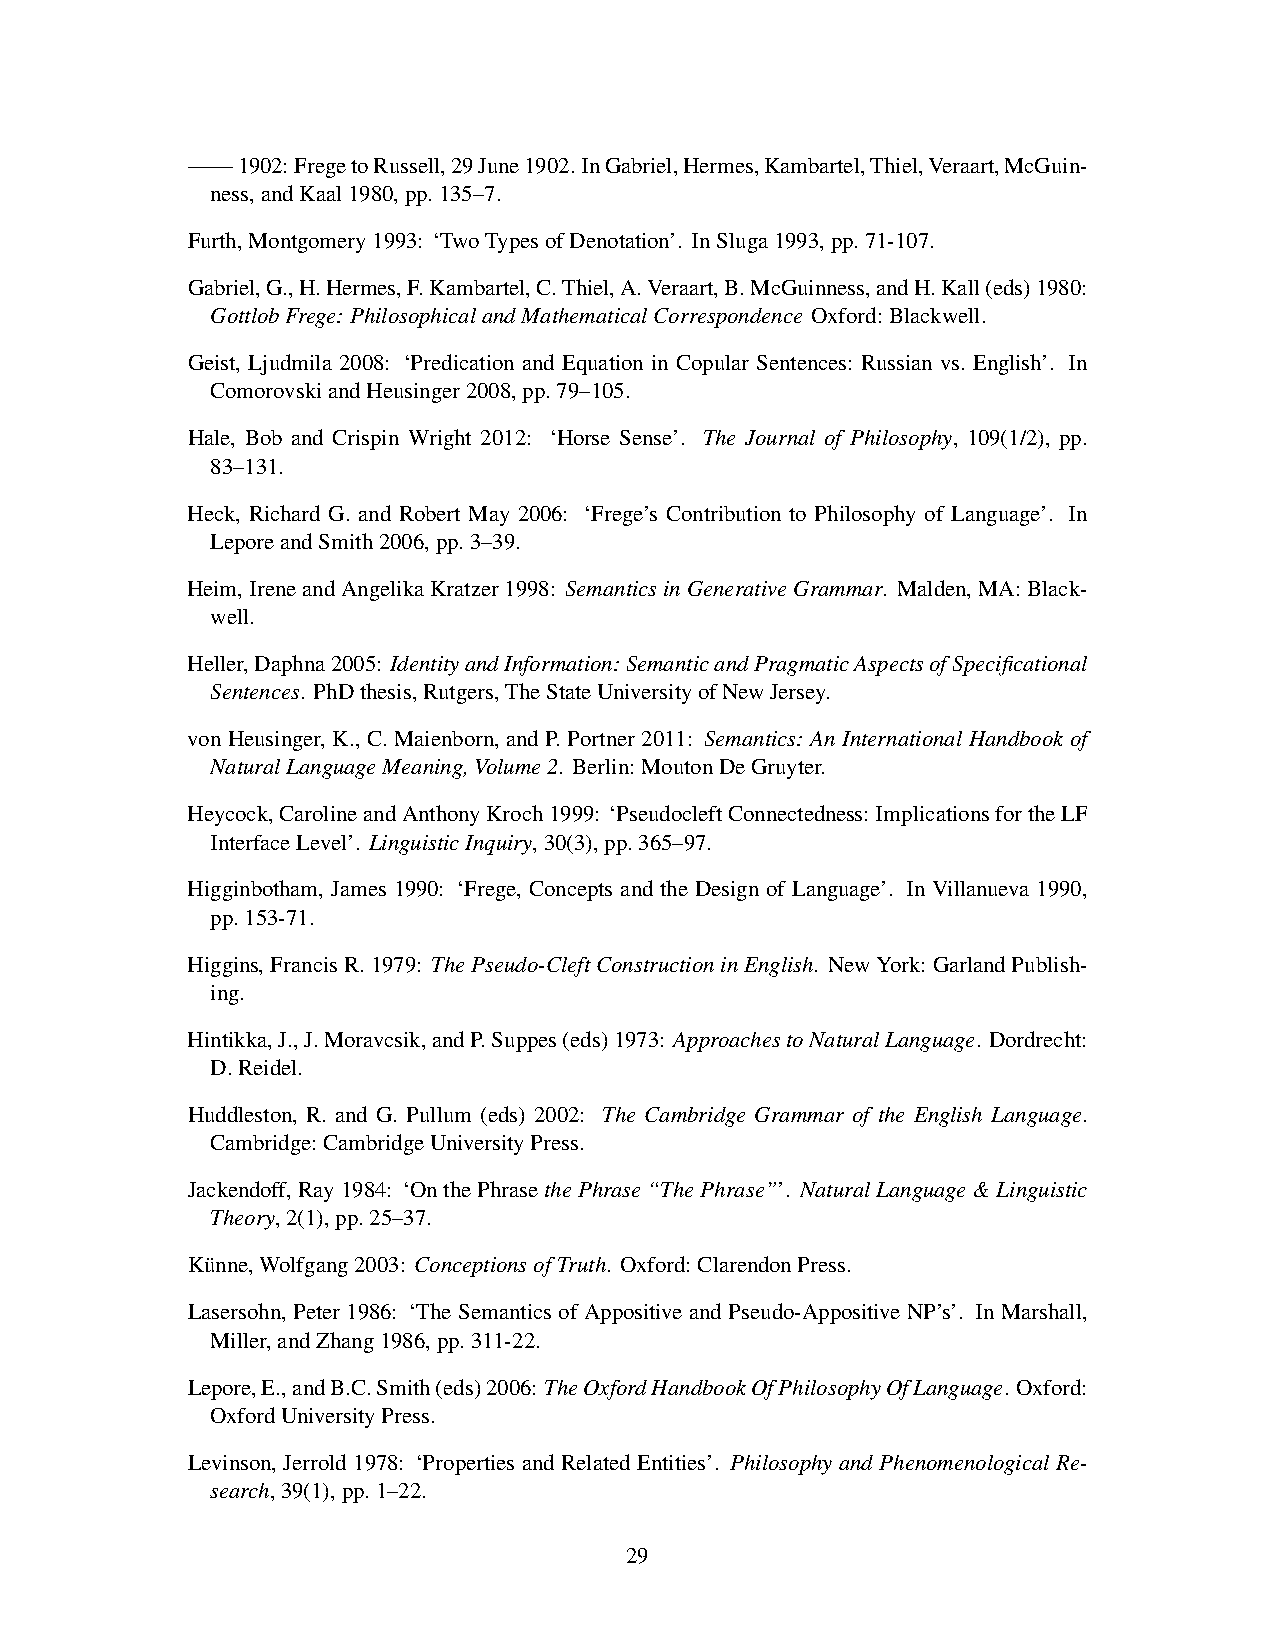
——1902:FregetoRussell,29June1902.InGabriel,Hermes,Kambartel,Thiel,Veraart,McGuin-
 ness,andKaal1980,pp.135–7.
 Furth,Montgomery1993: ‘TwoTypesofDenotation’. InSluga1993,pp.71-107.
 Gabriel,G.,H.Hermes,F.Kambartel,C.Thiel,A.Veraart,B.McGuinness,andH.Kall(eds)1980:
 GottlobFrege:PhilosophicalandMathematicalCorrespondence Oxford:Blackwell.
 Geist, Ljudmila 2008: ‘Predication and Equation in Copular Sentences: Russian vs. English’. In
 ComorovskiandHeusinger2008,pp.79–105.
 Hale, Bob and Crispin Wright 2012: ‘Horse Sense’. The Journal of Philosophy, 109(1/2), pp.
 83–131.
 Heck, Richard G. and Robert May 2006: ‘Frege’s Contribution to Philosophy of Language’. In
 LeporeandSmith2006,pp.3–39.
 Heim,IreneandAngelikaKratzer1998: SemanticsinGenerativeGrammar. Malden,MA:Black-
 well.
 Heller,Daphna2005: IdentityandInformation:SemanticandPragmaticAspectsofSpecificational
 Sentences. PhDthesis,Rutgers,TheStateUniversityofNewJersey.
 von Heusinger, K., C. Maienborn, and P. Portner 2011: Semantics: An International Handbook of
 NaturalLanguageMeaning,Volume2. Berlin:MoutonDeGruyter.
 Heycock,CarolineandAnthonyKroch1999: ‘PseudocleftConnectedness:ImplicationsfortheLF
 InterfaceLevel’. LinguisticInquiry,30(3),pp.365–97.
 Higginbotham, James 1990: ‘Frege, Concepts and the Design of Language’. In Villanueva 1990,
 pp.153-71.
 Higgins,FrancisR.1979: ThePseudo-CleftConstructioninEnglish. NewYork:GarlandPublish-
 ing.
 Hintikka,J.,J.Moravcsik,andP.Suppes(eds)1973: ApproachestoNaturalLanguage. Dordrecht:
 D.Reidel.
 Huddleston, R. and G. Pullum (eds) 2002: The Cambridge Grammar of the English Language.
 Cambridge:CambridgeUniversityPress.
 Jackendoff,Ray1984: ‘OnthePhrasethePhrase“ThePhrase”’. NaturalLanguage&Linguistic
 Theory,2(1),pp.25–37.
 Ku¨nne,Wolfgang2003: ConceptionsofTruth. Oxford:ClarendonPress.
 Lasersohn, Peter 1986: ‘The Semantics of Appositive and Pseudo-Appositive NP’s’. In Marshall,
 Miller,andZhang1986,pp.311-22.
 Lepore,E.,andB.C.Smith(eds)2006: TheOxfordHandbookOfPhilosophyOfLanguage. Oxford:
 OxfordUniversityPress.
 Levinson, Jerrold 1978: ‘Properties and Related Entities’. Philosophy and Phenomenological Re-
 search,39(1),pp.1–22.
 29